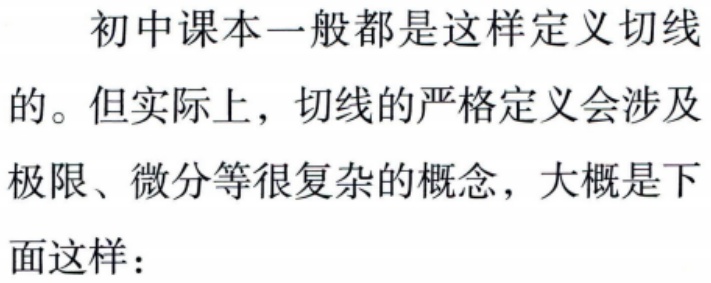
初中课本一般都是这样定义切线的。但实际上，切线的严格定义会涉及极限、微分等很复杂的概念，大概是下面这样：